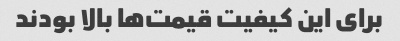
برای این کیفیت قیمت‌ها بالا بودند